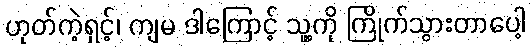
ဟုတ်ကဲ့ရှင့်၊ ကျမ ဒါကြောင့် သူ့ကို ကြိုက်သွားတာပေါ့